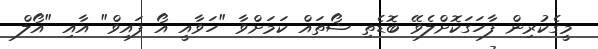
މީގެކުރިން ފާހަގަކޮށްލެވޭ ބޮޑެތި ޝޯތަައް ކަމަށްވާ "ހަވާއީ އޯ ފައިވް" އާއި "އޯލް